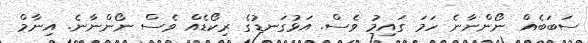
ސަބަބެއް ނޯންނާނެ ހަމަ ގައިމު ވެސް. އަޅުގަނޑުގެ ރިކޯޑެއް ވެސް ނޯންނާނެ. އިނާމް